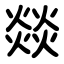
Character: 燚